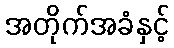
အတိုက်အခံနှင့်